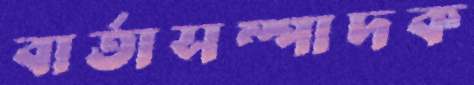
বার্তাসম্পাদক